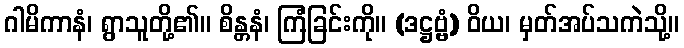
ဂါမိကာနံ၊ ရွာသူတို့၏။ စိန္တနံ၊ ကြံခြင်းကို။ (ဒဋ္ဌဗ္ဗံ) ဝိယ၊ မှတ်အပ်သကဲသို့။